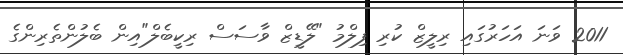
2011 ވަނަ އަހަރުގައި ރިލީޒް ކުރި ފިލްމު "ލޭޑީޒް ވާސަސް ރިކީބެލް"އިން ބެލުންތެރިންގެ